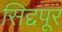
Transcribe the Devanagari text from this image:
सिद्दपूर